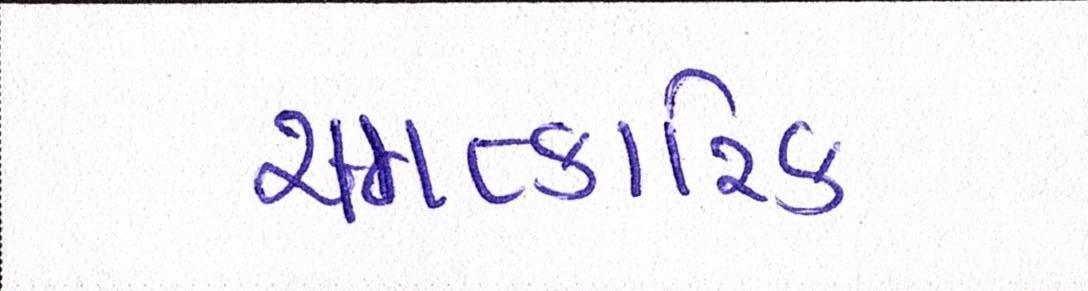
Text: ચમત્કારિક